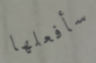
سأفعلها